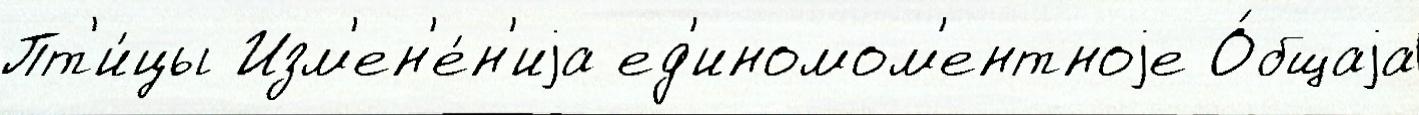
Пт'и́цы Изм'ен'е́н'иjа ед'иномом'ентноjе О́бщаjа